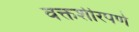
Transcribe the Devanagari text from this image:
वक्तशीरपणे